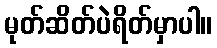
မုတ်ဆိတ်ပဲရိတ်မှာပါ။